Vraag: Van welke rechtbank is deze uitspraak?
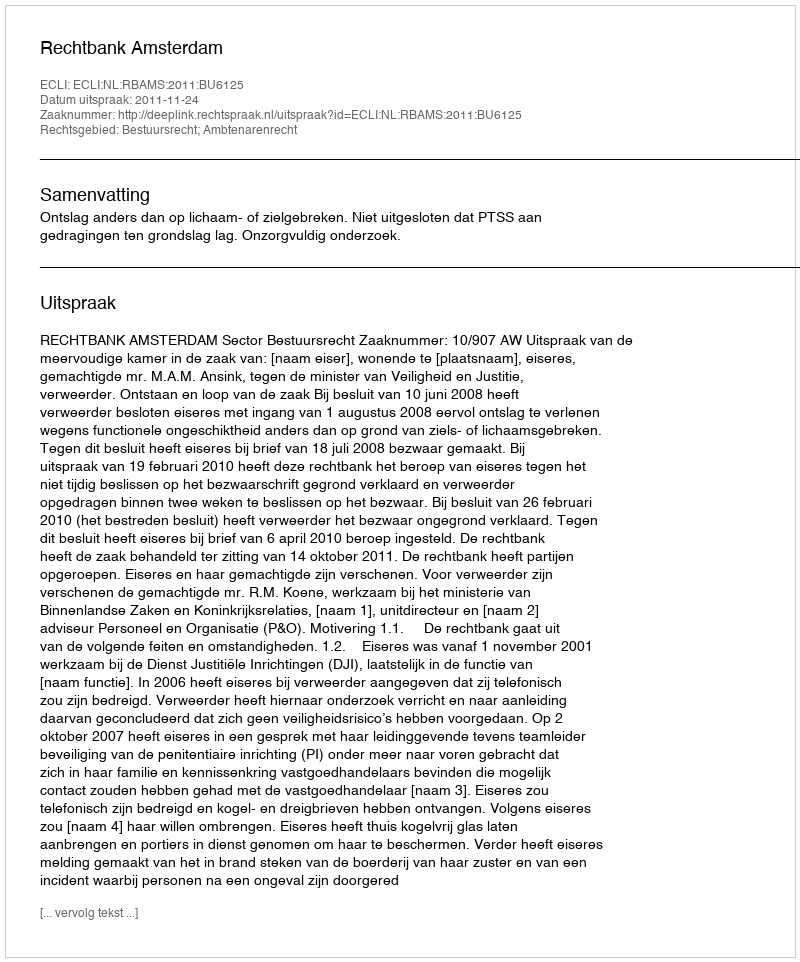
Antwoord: Rechtbank Amsterdam